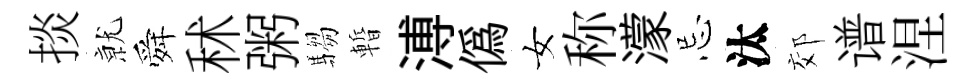
掞𭕒舜秫粥騶暫溥偽女称濛忌汰郊谱涅